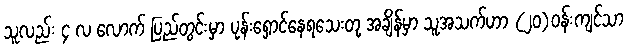
သူလည်း ၄ လ လောက် ပြည်တွင်းမှာ ပုန်းရှောင်နေရသေးတု့ အချိန်မှာ သူအသက်ဟာ (၂၀)၀န်းကျင်သာ